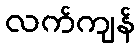
လက်ကျန်